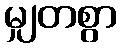
မျှတစွာ